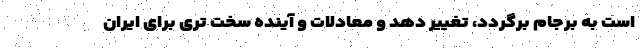
است به برجام برگردد، تغییر دهد و معادلات و آینده سخت تری برای ایران